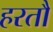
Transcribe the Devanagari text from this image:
हरतौ